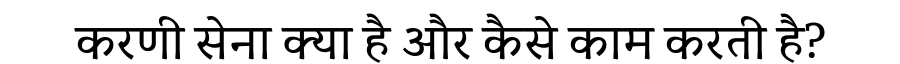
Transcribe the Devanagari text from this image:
करणी सेना क्या है और कैसे काम करती है?